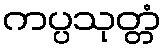
ကပ္ပသုတ္တံ